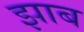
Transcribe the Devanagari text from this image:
झाब